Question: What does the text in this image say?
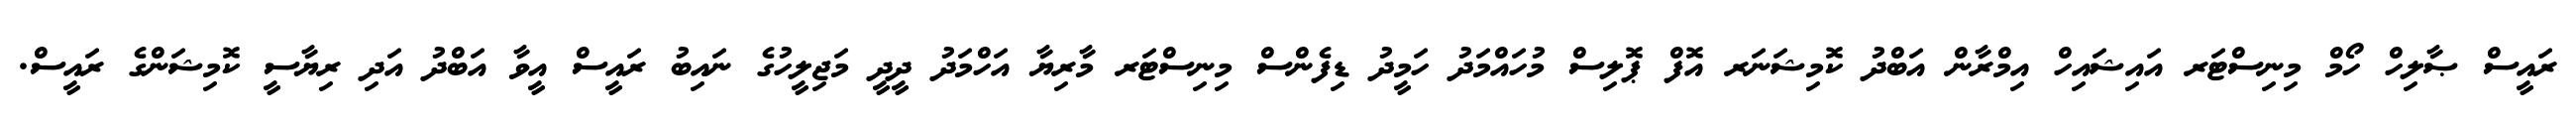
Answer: ރައީސް ޞާލިހް ހޯމް މިނިސްޓަރ އައިޝައިހް އިމްރާން އަބްދު ކޮމިޝަނަރ އޮފް ޕޮލިސް މުހައްމަދު ހަމީދު ޑިފެންސް މިނިސްޓަރ މާރިޔާ އަހްމަދު ދީދީ މަޖިލީހުގެ ނައިބު ރައީސް އީވާ އަބްދު އަދި ރިޔާސީ ކޮމިޝަންގެ ރައީސް.